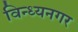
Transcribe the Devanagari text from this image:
विन्ध्यनगर